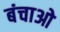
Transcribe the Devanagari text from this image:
बंचाओ